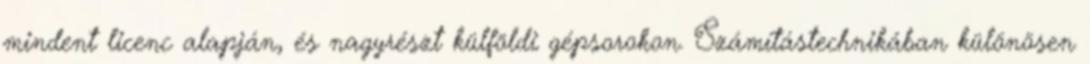
mindent licenc alapján, és nagyrészt külföldi gépsorokon. Számítástechnikában különösen